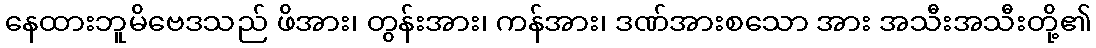
နေထားဘူမိဗေဒသည် ဖိအား၊ တွန်းအား၊ ကန်အား၊ ဒဏ်အားစသော အား အသီးအသီးတို့၏